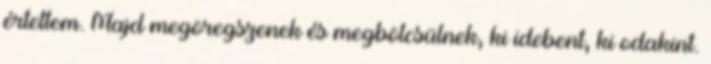
értettem. Majd megöregszenek és megbölcsülnek, ki idebent, ki odakint.